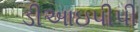
ડીઆઇપીપી